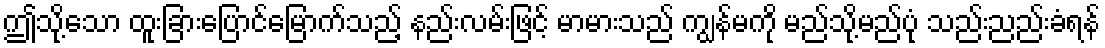
ဤသို့သော ထူးခြားပြောင်မြောက်သည့် နည်းလမ်းဖြင့် မာမားသည် ကျွန်မကို မည်သို့မည်ပုံ သည်းညည်းခံရန်